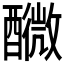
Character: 𨣟